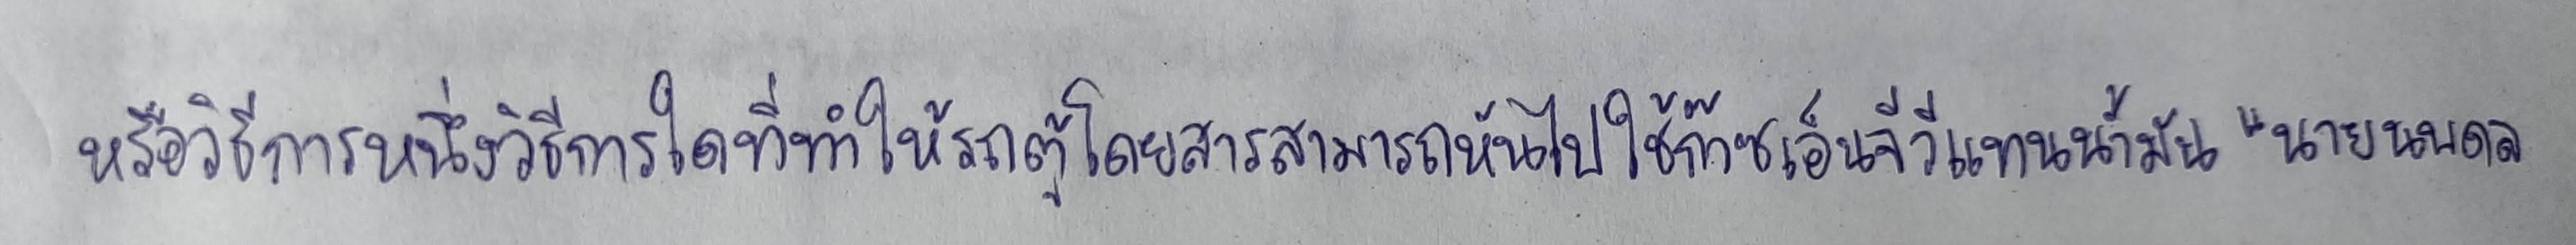
หรือวิธีการหนึ่งวิธีการใดที่ทำให้รถตู้โดยสารสามารถหันไปใช้ก๊าซเอ็นจีวีแทนน้ำมัน"นายนพดล